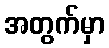
အတွက်မှာ